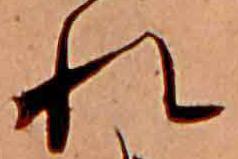
れ